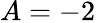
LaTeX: A=-2